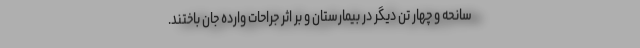
سانحه و چهار تن دیگر در بیمارستان و بر اثر جراحات وارده جان باختند.